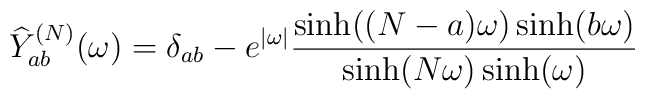
\widehat{Y}^{(N)}_{ab}(\omega)= \delta_{ab}-e^{|\omega|}\frac{\sinh((N-a)\omega)\sinh(b\omega)}{\sinh(N\omega)\sinh(\omega)}